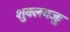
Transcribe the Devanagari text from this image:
शुक्लयजुः